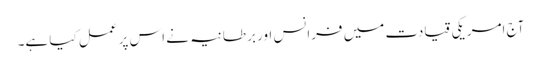
آج امریکی قیادت میں فرانس اور برطانیہ نے اس پر عمل کیا ہے۔